Lunatic asylums United Provinces 1909-1921 - 1909-1921
Year: 1909
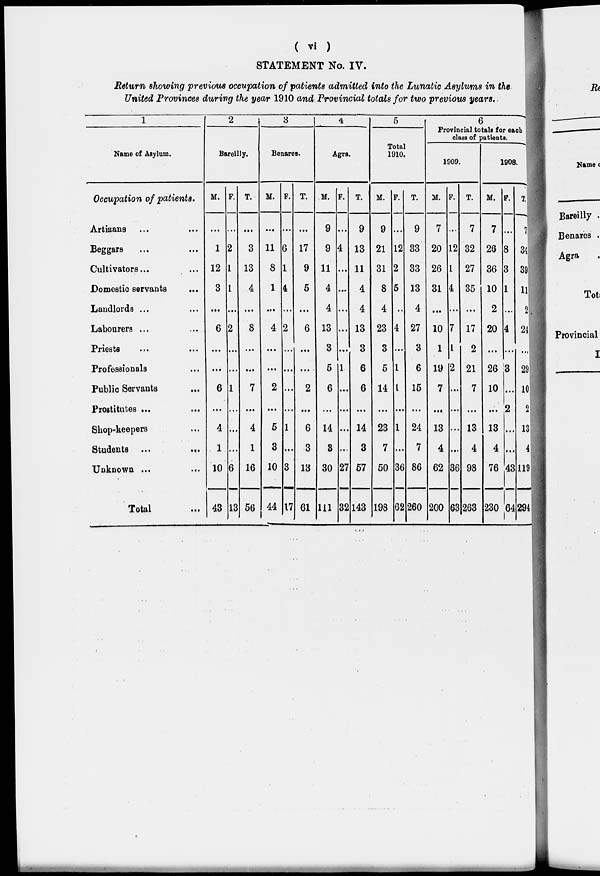
( vi )
STATEMENT No. IV.
Return showing previous occupation of patients admitted into the Lunatic Asylums in the
United Provinces during the year 1910 and Provincial totals for two previous years.
1
Name of Asylum.
Occupation of patients.
Artisans ... ...
Beggars ... ...
Cultivators ... ...
Domestic servants ...
Landlords ... ...
Labourers ... ...
Priests ... ...
Professionals ...
Public Servants ...
Prostitutes
...
...
Shop-keepers ...
Students ...
...
Unknown ...
...
Total ...
2
Bareilly.
M.
...
1
12
3
...
6
...
...
6
...
4
1
10
43
F.
...
2
1
1
...
2
...
...
1
...
...
...
6
13
T.
...
3
13
4
...
8
...
...
7
...
4
1
16
56
3
Benares.
M.
...
11
8
1
...
4
...
...
2
...
5
3
10
44
F.
...
6
1
4
...
2
...
...
...
...
1
...
3
17
T.
...
17
9
5
...
6
...
...
2
...
6
3
13
61
4
Agra.
M.
9
9
11
4
4
13
3
5
6
...
14
3
30
111
F.
...
4
...
...
...
...
...
1
...
...
...
...
27
32
T.
9
13
11
4
4
13
3
6
6
...
14
3
57
143
5
Total
1910.
M.
9
21
31
8
4
23
3
5
14
...
23
7
50
198
F.
...
12
2
5
..
4
...
1
1
...
1
...
36
62
T.
9
33
33
13
4
27
3
6
15
...
24
7
86
260
6
Provincial totals for each
class of patients.
1909.
M.
7
20
26
31
...
10
1
19
7
...
13
4
62
200
F.
...
12
1
4
...
7
1
2
...
...
...
...
36
63
T.
7
32
27
35
...
17
2
21
7
...
13
4
98
263
1908.
M.
7
26
36
10
2
20
...
26
10
.. .
13
4
76
230
F.
...
8
3
1
...
4
...
3
...
2
...
...
43
64
T.
7
34
39
11
2
24
...
29
10
2
13
4
119
294